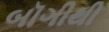
બૉગીથી